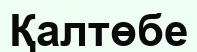
Қалтөбе